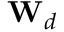
\mathbf { W } _ { d }